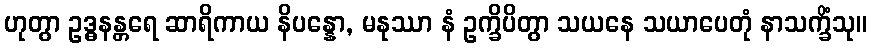
ဟုတွာ ဥဒ္ဓနန္တရေ ဆာရိကာယ နိပန္နော, မနုဿာ နံ ဥက္ခိပိတွာ သယနေ သယာပေတုံ နာသက္ခိံသု။